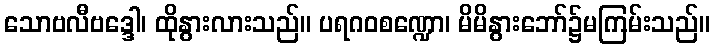
သောဗလီဗဒ္ဒေါ၊ ထိုနွားလားသည်။ ပရဂဝစဏ္ဍော၊ မိမိနွားဘော်၌မကြမ်းသည်။